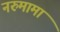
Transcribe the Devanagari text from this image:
नरुमामा